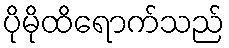
ပိုမိုထိရောက်သည်